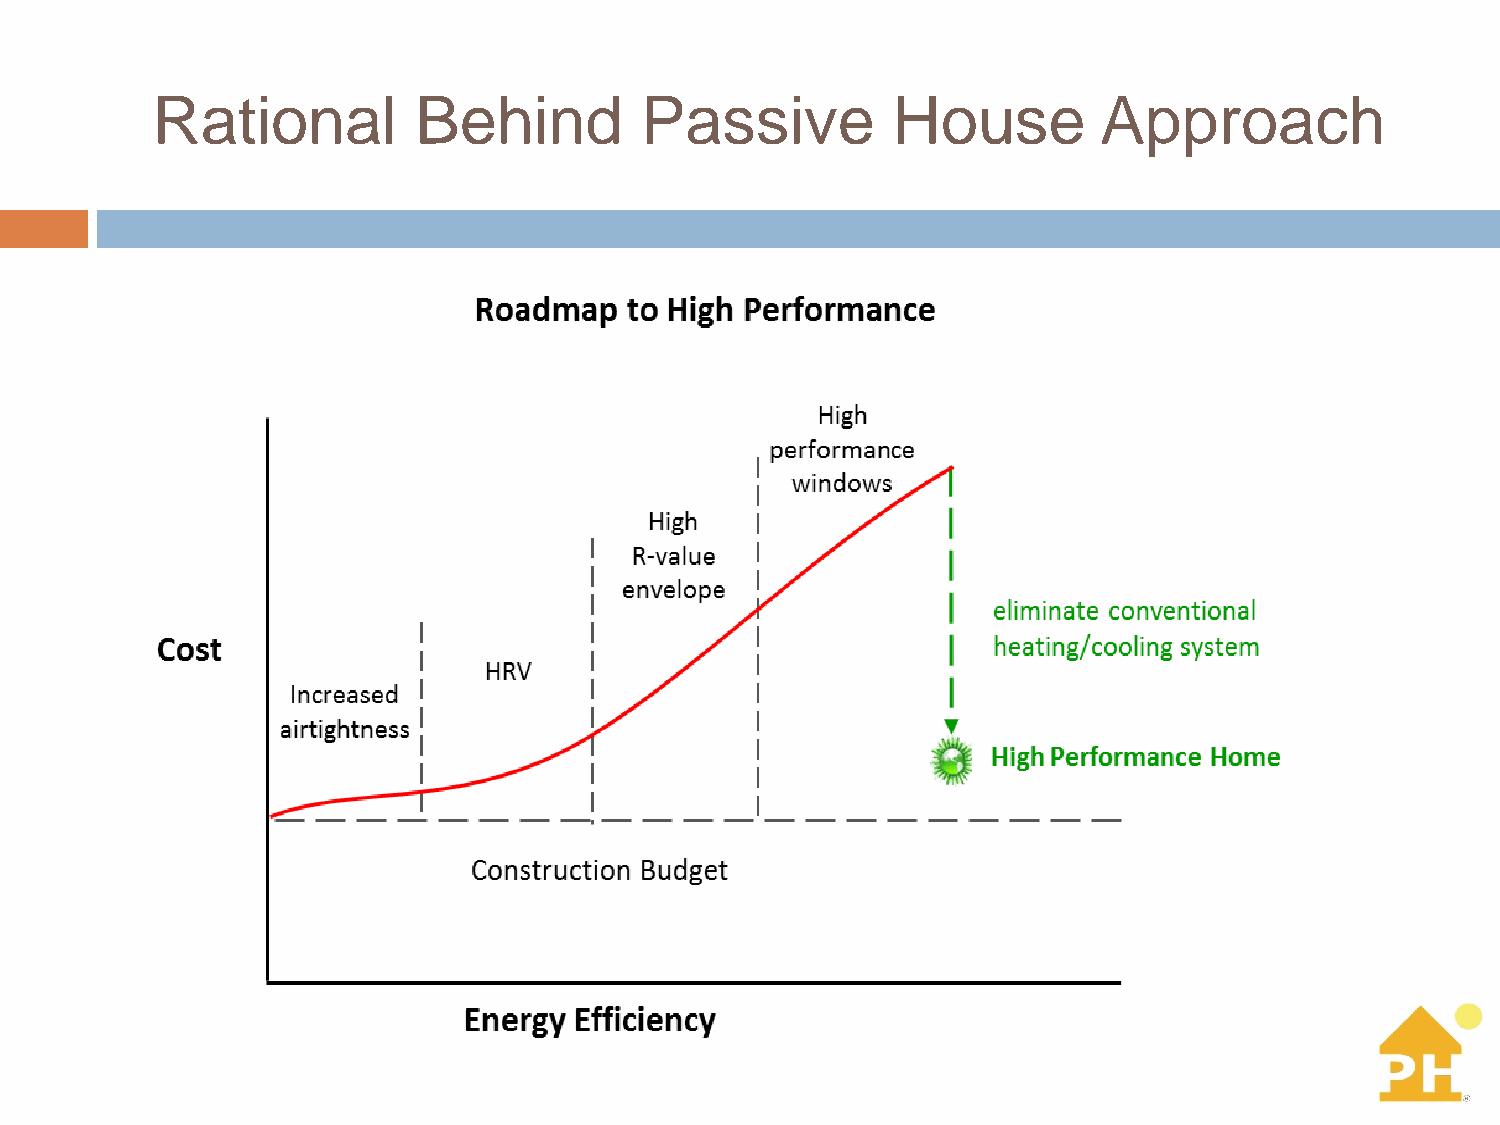
Rational         Behind         Passive          House         Approach